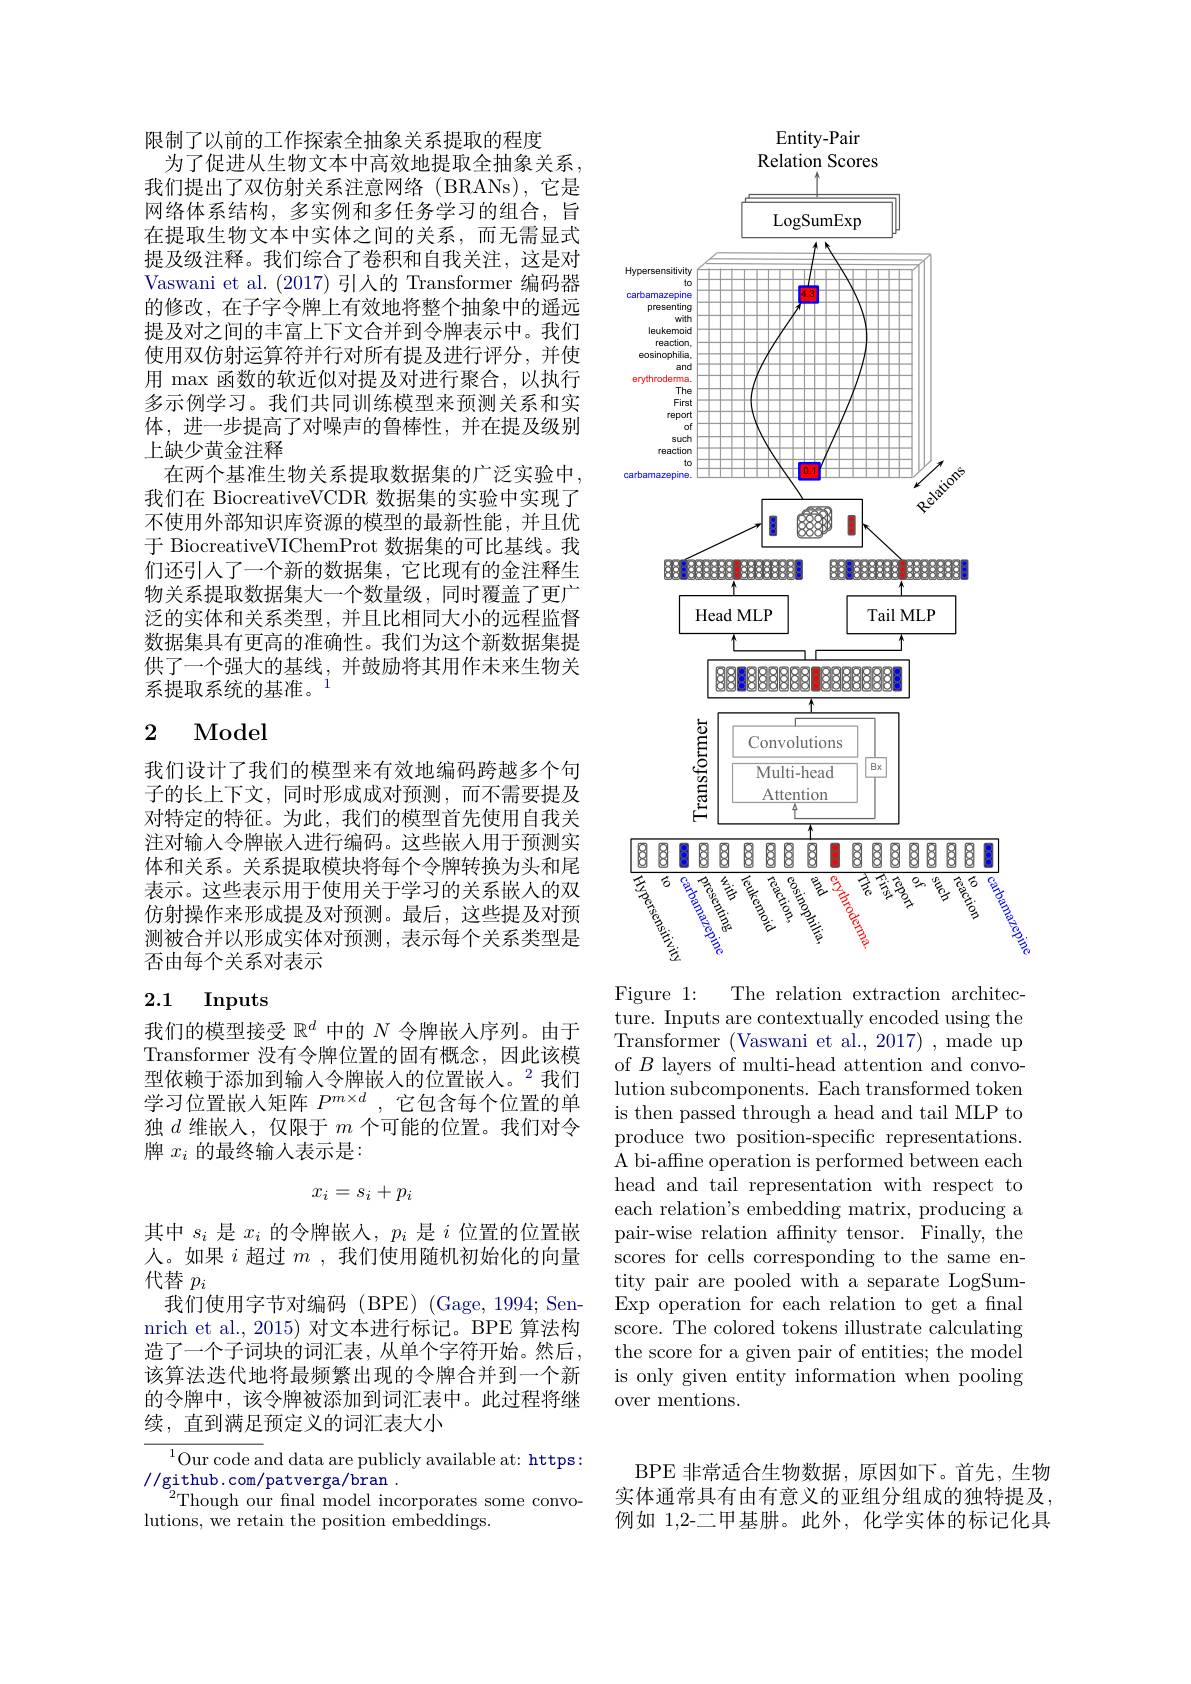
限制了以前的工作探索全抽象关系提取的程度
为了促进从生物文本中高效地提取全抽象关系， 我们提出了双仿射关系注意网络(BRANs),它是网络体系结构，多实例和多任务学习的组合，旨在提取生物文本中实体之间的关系，而无需显式提及级注释。我们综合了卷积和自我关注，这是对Vaswani et al. (2017)引人的 Transformer 编码器的修改，在子字令牌上有效地将整个抽象中的遥远提及对之间的丰富上下文合并到令牌表示中。我们使用双仿射运算符并行对所有提及进行评分，并使用$\max$函数的软近似对提及对进行聚合，以执行多示例学习。我们共同训练模型来预测关系和实体，进一步提高了对噪声的鲁棒性，并在提及级别上缺少黄金注释
在两个基准生物关系提取数据集的广泛实验中， 我们在 BiocreativeVCDR 数据集的实验中实现了不使用外部知识库资源的模型的最新性能，并且优于 BiocreativeVIChemProt 数据集的可比基线。我们还引人了一个新的数据集，它比现有的金注释生物关系提取数据集大一个数量级，同时覆盖了更广泛的实体和关系类型，并且比相同大小的远程监督数据集具有更高的准确性。我们为这个新数据集提供了一个强大的基线，并鼓励将其用作未来生物关系提取系统的基准。$^{1}$

## 2 Model

我们设计了我们的模型来有效地编码跨越多个句子的长上下文，同时形成成对预测，而不需要提及对特定的特征。为此，我们的模型首先使用自我关注对输入令牌嵌人进行编码。这些嵌人用于预测实体和关系。关系提取模块将每个令牌转换为头和尾表示。这些表示用于使用关于学习的关系嵌人的双仿射操作来形成提及对预测。最后，这些提及对预测被合并以形成实体对预测，表示每个关系类型是否由每个关系对表示

## 2.1 Inputs

我们的模型接受$\mathbb{R}^d$中的$N$令牌嵌入序列。由于Transformer 没有令牌位置的固有概念，因此该模型依赖于添加到输入令牌嵌人的位置嵌人。$^{2}$我们学习位置嵌入矩阵$P^{m\times d}$,它包含每个位置的单独$d$维嵌人，仅限于$m$个可能的位置。我们对令牌$x_i$的最终输人表示是：
$$x_i=s_i+p_i$$
其中$s_i$是$x_i$的令牌嵌人，$p_i$是$i$位置的位置嵌人。如果$i$超过$m$ ,我们使用随机初始化的向量代替$p_i$
我们使用字节对编码(BPE)(Gage,1994;Sennrich et al., 2015) 对文本进行标记。BPE 算法构造了一个子词块的词汇表，从单个字符开始。然后， 该算法迭代地将最频繁出现的令牌合并到一个新的令牌中，该令牌被添加到词汇表中。此过程将继续，直到满足预定义的词汇表大小

${^{1}\text{Our code a}}$nd data are publicly available at: https:
//github.com/patverga/bran.
${}^{2}$Though our fnal model incorporates some convo-
lutions, we retain the position embeddings.

<FigureHere>

Figure 1: The relation extraction architec-

ture. Inputs are contextually encoded using the Transformer ( Vaswani et al. , 2017) , made up of $B$ layers of multi-head attention and convolution subcomponents. Each transformed token is then passed through a head and tail MLP to produce two position-specific representations. A bi-affne operation is performed between each head and tail representation with respect to each relation's embedding matrix, producing a pair-wise relation affnity tensor. Finally, the scores for cells corresponding to the same entity pair are pooled with a separate LogSumExp operation for each relation to get a fnal score. The colored tokens illustrate calculating the score for a given pair of entities; the model is only given entity information when pooling over mentions.

BPE 非常适合生物数据，原因如下。首先，生物实体通常具有由有意义的亚组分组成的独特提及例如 1,2-二甲基肼。此外，化学实体的标记化具